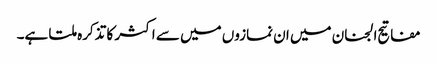
مفاتیح الجنان میں ان نمازوں میں سے اکثر کا تذکرہ ملتا ہے۔